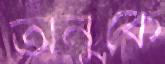
অনুকে